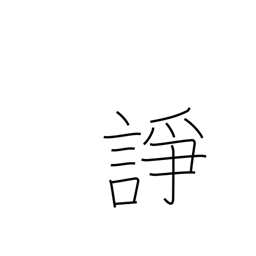
Meaning: quarrel